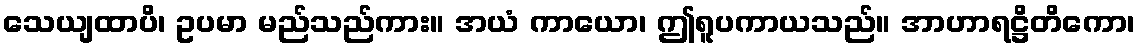
သေယျထာပိ၊ ဥပမာ မည်သည်ကား။ အယံ ကာယော၊ ဤရူပကာယသည်။ အာဟာရဋ္ဌိတိကော၊